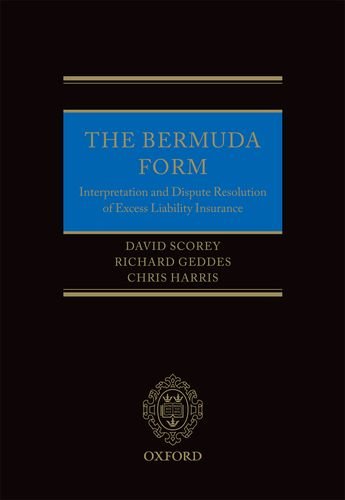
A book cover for The Bermuda Form: Interpretation and Dispute Resolution of Excess Liability Insurance; David Scorey; Business & Money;